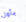
بأول